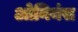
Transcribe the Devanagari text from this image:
ओनियंस